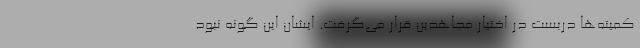
کمیته‌ها دربست در اختیار مجاهدین قرار می‌گرفت. ایشان این گونه نبود